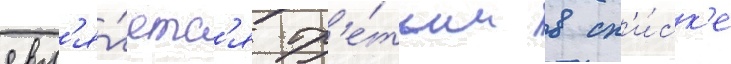
явл'я́етс'я тр'е́тьим в сп'и́ск'е